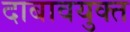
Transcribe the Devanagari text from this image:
दाबावयुक्त